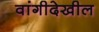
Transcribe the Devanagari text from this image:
वांगीदेखील